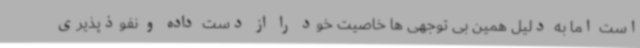
است اما به دلیل همین بی توجهی ها خاصیت خود را از دست داده و نفوذپذیری